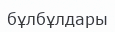
бұлбұлдары